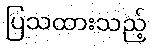
ပြသထားသည့်